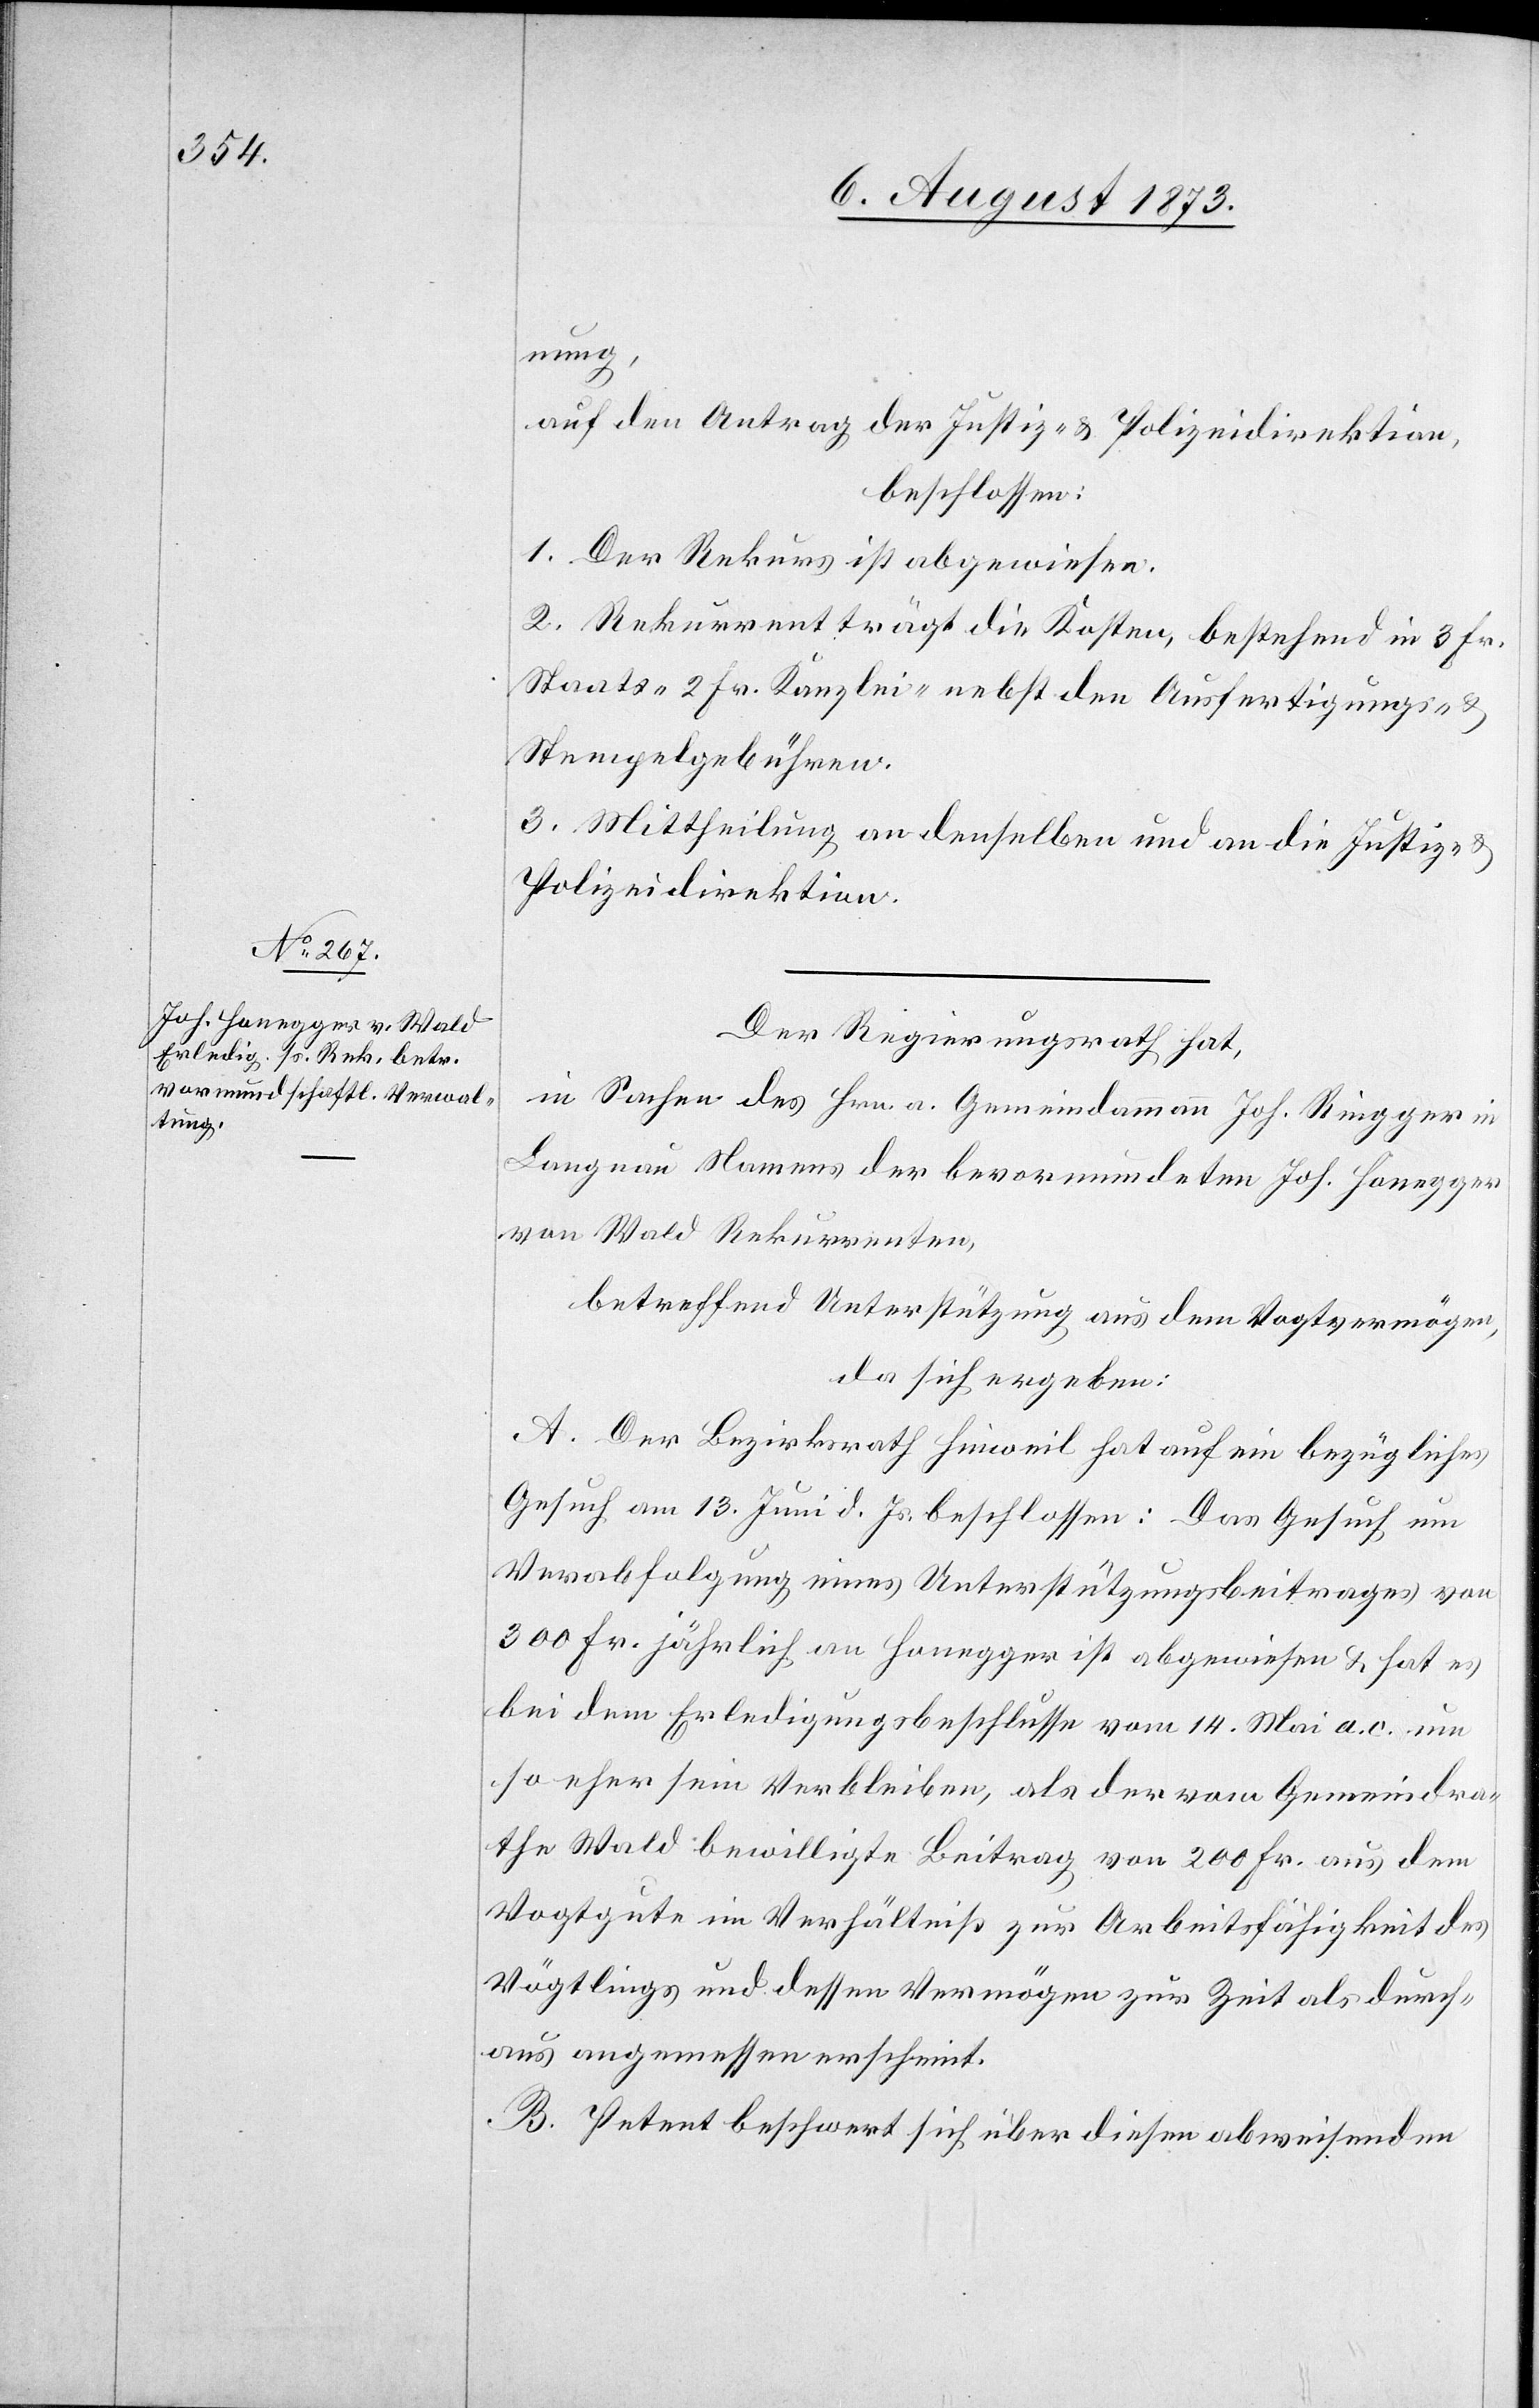
nung,
auf den Antrag der Justiz- & Polizeidirektion,
beschlossen:
1. Der Rekurs ist abgewiesen.
2. Rekurrent trägt die Kosten, bestehend in 3 Fr.
Staats- 2 Fr. Kanzlei- nebst den Ausfertigungs- &
Stempelgebühren.
3. Mittheilung an denselben und an die Justiz- &
Polizeidirektion.
Der Regierungsrath hat,
in Sachen des Hrn. a. Gemeindammann Joh. Ringger in
Langnau Namens der [sic!] bevormundeten Joh. Honegger
von Wald Rekurrenten,
betreffend Unterstützung aus dem Vogtvermögen,
da sich ergeben:
A. Der Bezirksrath Hinweil hat auf ein bezügliches
Gesuch am 13. Juni d. Js. beschlossen: Das Gesuch um
Verabfolgung eines Unterstützungsbeitrages von
300 Fr. jährlich an Honegger ist abgewiesen & hat es
bei dem Erledigungsbeschlusse vom 14. Mai a. c. um
so eher sein Verbleiben, als der vom Gemeindra¬
the Wald bewilligte Beitrag von 200 Fr. aus dem
Vogtgute im Verhältniß zur Arbeitsfähigkeit des
Vögtlings und dess	en Vermögen zur Zeit als durch¬
aus angemessen erscheint.
B. Petent beschwert sich über diesen abweisenden